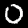
Digit: 0